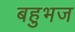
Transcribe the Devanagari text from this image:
बहुभज